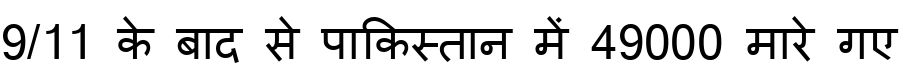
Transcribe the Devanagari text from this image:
9/11 के बाद से पाकिस्तान में 49000 मारे गए